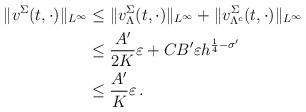
LaTeX: \begin{align*}\|v^{\Sigma}(t,\cdot)\|_{L^{\infty}} & \le \|v^{\Sigma}_{\Lambda}(t,\cdot)\|_{L^{\infty}} + \|v^{\Sigma}_{\Lambda^c}(t,\cdot)\|_{L^{\infty}} \\& \le \frac{A'}{2K}\varepsilon + CB'\varepsilon h^{\frac{1}{4}-\sigma'} \\& \le \frac{A'}{K}\varepsilon \, .\end{align*}